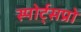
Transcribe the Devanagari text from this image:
स्पोर्ट्‌सप्रो